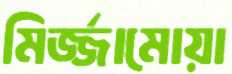
মির্জ্জামোয়া